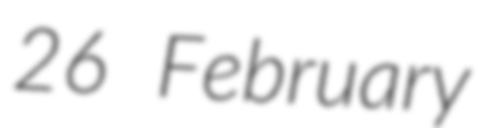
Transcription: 26 February